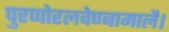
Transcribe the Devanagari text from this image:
पुरप्पोरलवेण्बामालै।